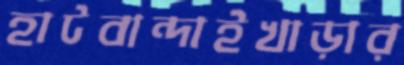
হাটবান্দাইখাড়ার